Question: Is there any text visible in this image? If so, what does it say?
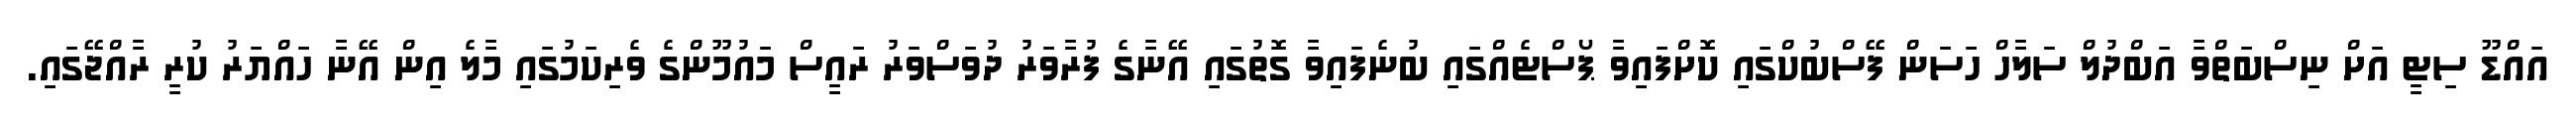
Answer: އައްޑޫ ސިޓީ އަށް ނިސްބަތްވާ އަބްދުލް ސަލާހް ހަސަން ފޭސްބުކްގައި ކޮށްފައިވާ ޕޯސްޓެއްގައި ބުނެފައިވާ ގޮތުގައި އޭނާގެ ފުރާވަރު ދުވަސްވަރު ރައީސް މައުމޫންގެ ވެރިކަމުގައި މާލެ އިން އޭނާ ހައްޔަރު ކުރީ ރާއްޖޭގައި.